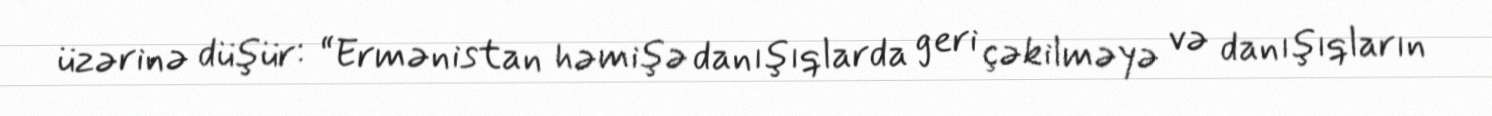
üzərinə düşür: “Ermənistan həmişə danışıqlarda geri çəkilməyə və danışıqların